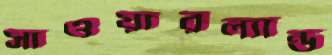
সাওয়ারল্যান্ড